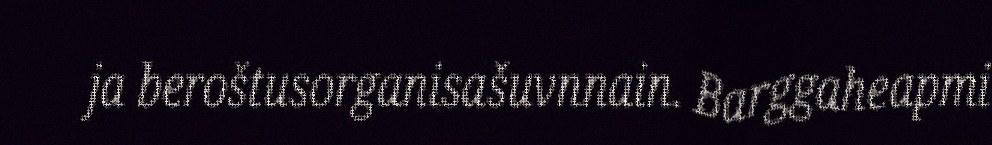
ja beroštusorganisašuvnnain. Barggaheapmi